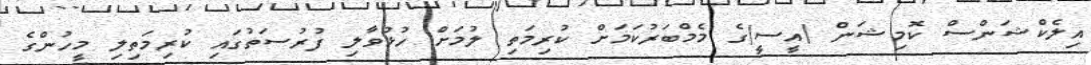
އިލެކްޝަންސް ކޮމިޝަން (އީސީ)ގެ މެމްބަރުކަމަށް ކުރިމަތި ލުމަށް ހުޅުވާލި ފުރުސަތުގައި ކުރިމަތިލި މީހުންގެ